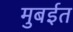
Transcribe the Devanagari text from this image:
मुबईत